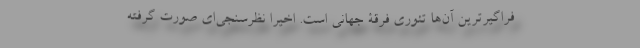
فراگیرترین آن‌ها تئوری فرقۀ جهانی است. اخیراً نظرسنجی‌ای صورت گرفته